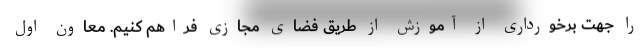
را جهت برخورداری از آموزش از طریق فضای مجازی فراهم کنیم. معاون اول